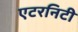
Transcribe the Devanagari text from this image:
एटरनिटी